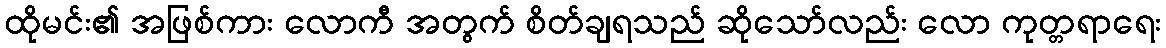
ထိုမင်း၏ အဖြစ်ကား လောကီ အတွက် စိတ်ချရသည် ဆိုသော်လည်း လော ကုတ္တရာရေး